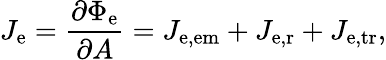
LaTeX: J_{\mathrm{e}}={\frac{\partial\Phi_{\mathrm{e}}}{\partial A}}=J_{\mathrm{e,em}}+J_{\mathrm{e,r}}+J_{\mathrm{e,tr}},